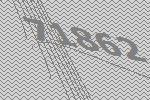
71862